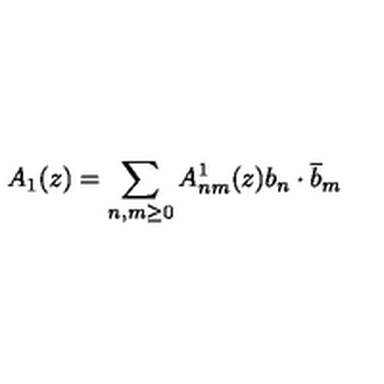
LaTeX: A _ { 1 } ( z ) = \sum _ { n , m \geq 0 } A _ { n m } ^ { 1 } ( z ) b _ { n } \cdot \overline { b } _ { m }